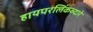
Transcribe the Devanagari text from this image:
हायपरलिंकव्दारे